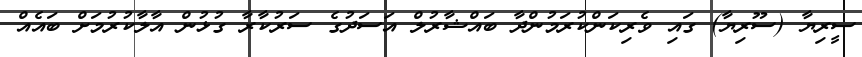
ސީރިޔާ (ސޫރިޔާ) ގައި ވެރިކަންކުރަމުންދާ ބައްޝާރުލް އަސަދުގެ ސަރުކާރާ ގުޅުން އާލާކުރުމަށް ބައެއް